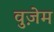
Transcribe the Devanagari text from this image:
वुज़ेम